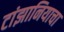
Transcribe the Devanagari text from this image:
टांझानियाचा